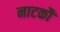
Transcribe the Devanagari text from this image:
नाटकौं